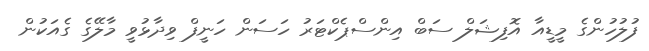
ފުލުހުންގެ މީޑީއާ އޮފިޝަލް ސަބް އިންސްޕެކްޓަރު ހަސަން ހަނީފް ވިދާޅުވީ މާލޭގެ ގެއަކުން